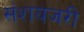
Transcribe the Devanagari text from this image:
संशयजरी